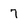
Character: 7